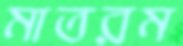
মাতরম